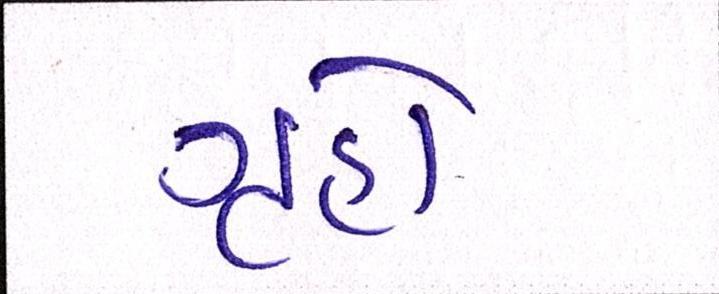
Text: ગૃહો